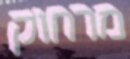
מרחוק